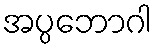
အပ္ပဘောဂါ